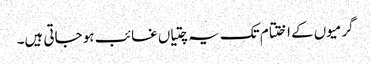
گرمیوں کے اختتام تک یہ چتیاں غائب ہو جاتی ہیں۔